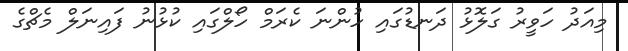
މިއަދު ހަވީރު ގަލޮޅު ދަނޑުގައި ހުންނަ ކެރަމް ހޯލްގައި ކުޅުނު ފައިނަލް މެޗްގެ